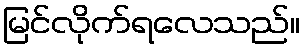
မြင်လိုက်ရလေသည်။